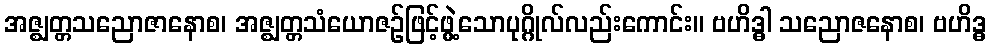
အဇ္ဈတ္တသညောဇာနောစ၊ အဇ္ဈတ္တသံယောဇဉ်ဖြင့်ဖွဲ့သောပုဂ္ဂိုလ်လည်းကောင်း။ ဗဟိဒ္ဓါ သညောဇနောစ၊ ဗဟိဒ္ဓ